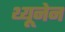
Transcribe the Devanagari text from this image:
थ्यूनेन